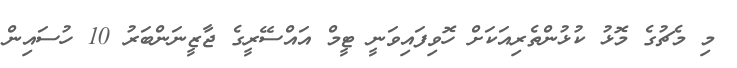
މި މެޗުގެ މޮޅު ކުޅުންތެރިއަކަށް ހޮވިފައިވަނީ ޓީމް އައްސޭރީގެ ޖާޒީނަންބަރު 10 ހުސައިން